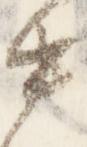
中